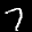
Digit: 7